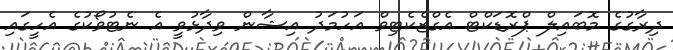
ދިރާގުގެ މޮބައިލް ޕްރޮޑަކްޓް އެގްޒެކެޓިވް އަހުމަދު އިޝާން ވިދާޅުވީ އެ ނެޓުވޯކުގެ އެހީގައި